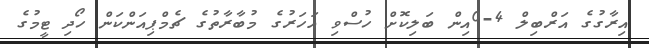
އިރާގުގެ އަރްބިލް 4-0އިން ބަލިކޮށް ހުސްވި އަހަރުގެ މުބާރާތުގެ ޗެމްޕިއަންކަން ހޯދި ޓީމުގެ